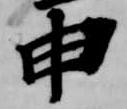
申